Document type: Sale
Year: 1305
Scribe: Bernat de Vilarúbia
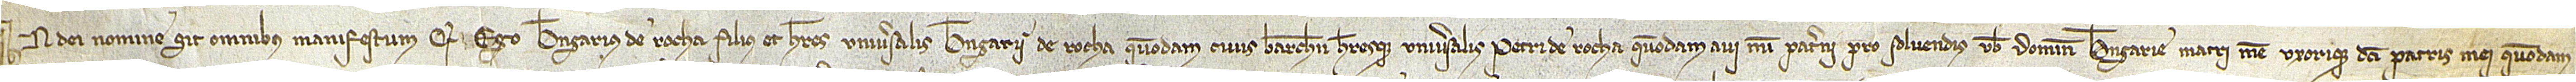
In Dei nomine. Sit omnibus manifestum quod ego Berengarius de Rocha, filius et heres universalis Berengarii de Rocha, quondam, civis Barchinone, heresque universalis Petri de Rocha, quondam, avi mei paterni, pro solvendis vobis domine Berengarie, matri mee uxorique dicti patris mei, quondam,